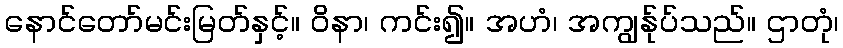
နောင်တော်မင်းမြတ်နှင့်။ ဝိနာ၊ ကင်း၍။ အဟံ၊ အကျွန်ုပ်သည်။ ဌာတုံ၊